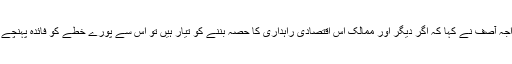
خواجہ آصف نے کہا کہ اگر دیگر اور ممالک اس اقتصادی راہداری کا حصہ بننے کو تیار ہیں تو اس سے پورے خطے کو فائدہ پہنچے گا۔